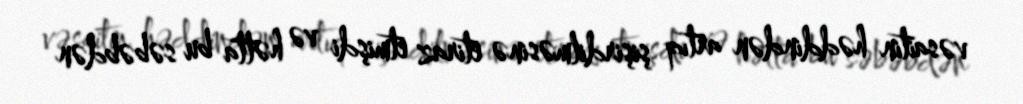
vəsaitin həddindən artıq şişirdilməsinə etiraz etmişdi və hətta bu səbəbdən